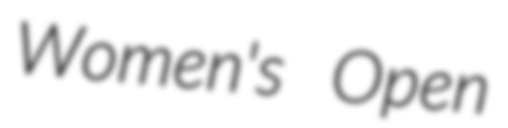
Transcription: Women's Open